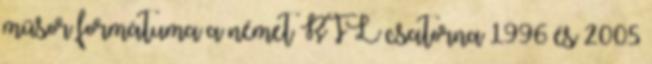
műsor formátuma a német RTL csatorna 1996 és 2005